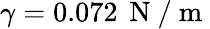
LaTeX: \gamma=0.072\, \mathrm{~N~/~m~}